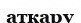
аткару